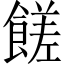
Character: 𩝭